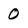
Character: 0